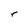
Character: r